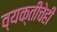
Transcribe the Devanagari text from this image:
व्यक्तीचेही